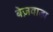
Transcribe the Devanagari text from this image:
बेज़वाडा